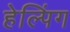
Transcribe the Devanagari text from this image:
हेल्पिंग